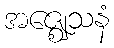
အဇ္ဈေသနံ